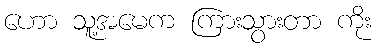
ဟော သူ့အမေက ကြားသွားတာ ကိုး